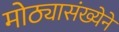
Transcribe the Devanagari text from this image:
मोठ्यासंख्येने